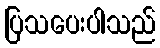
ပြသပေးပါသည်